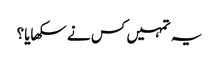
یہ تمہیں کس نے سکھایا؟